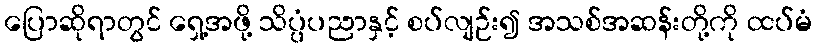
ပြောဆိုရာတွင် ရှေ့အဖို့ သိပ္ပံပညာနှင့် စပ်လျဉ်း၍ အသစ်အဆန်းတို့ကို ထပ်မံ